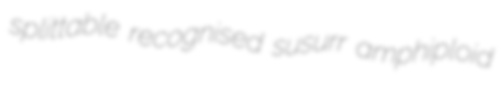
splittable recognised susurr amphiploid